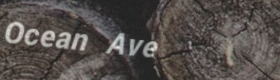
Ocean Ave